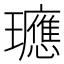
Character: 𭺓